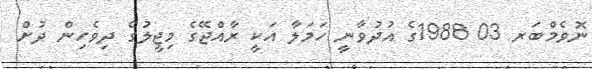
ނޮވެމްބަރ 03 1988ގެ އުދުވާނީ ހަމަލާ އަކީ ރާއްޖޭގެ މިޖީލުގެ ދިވެހިން ދުށް